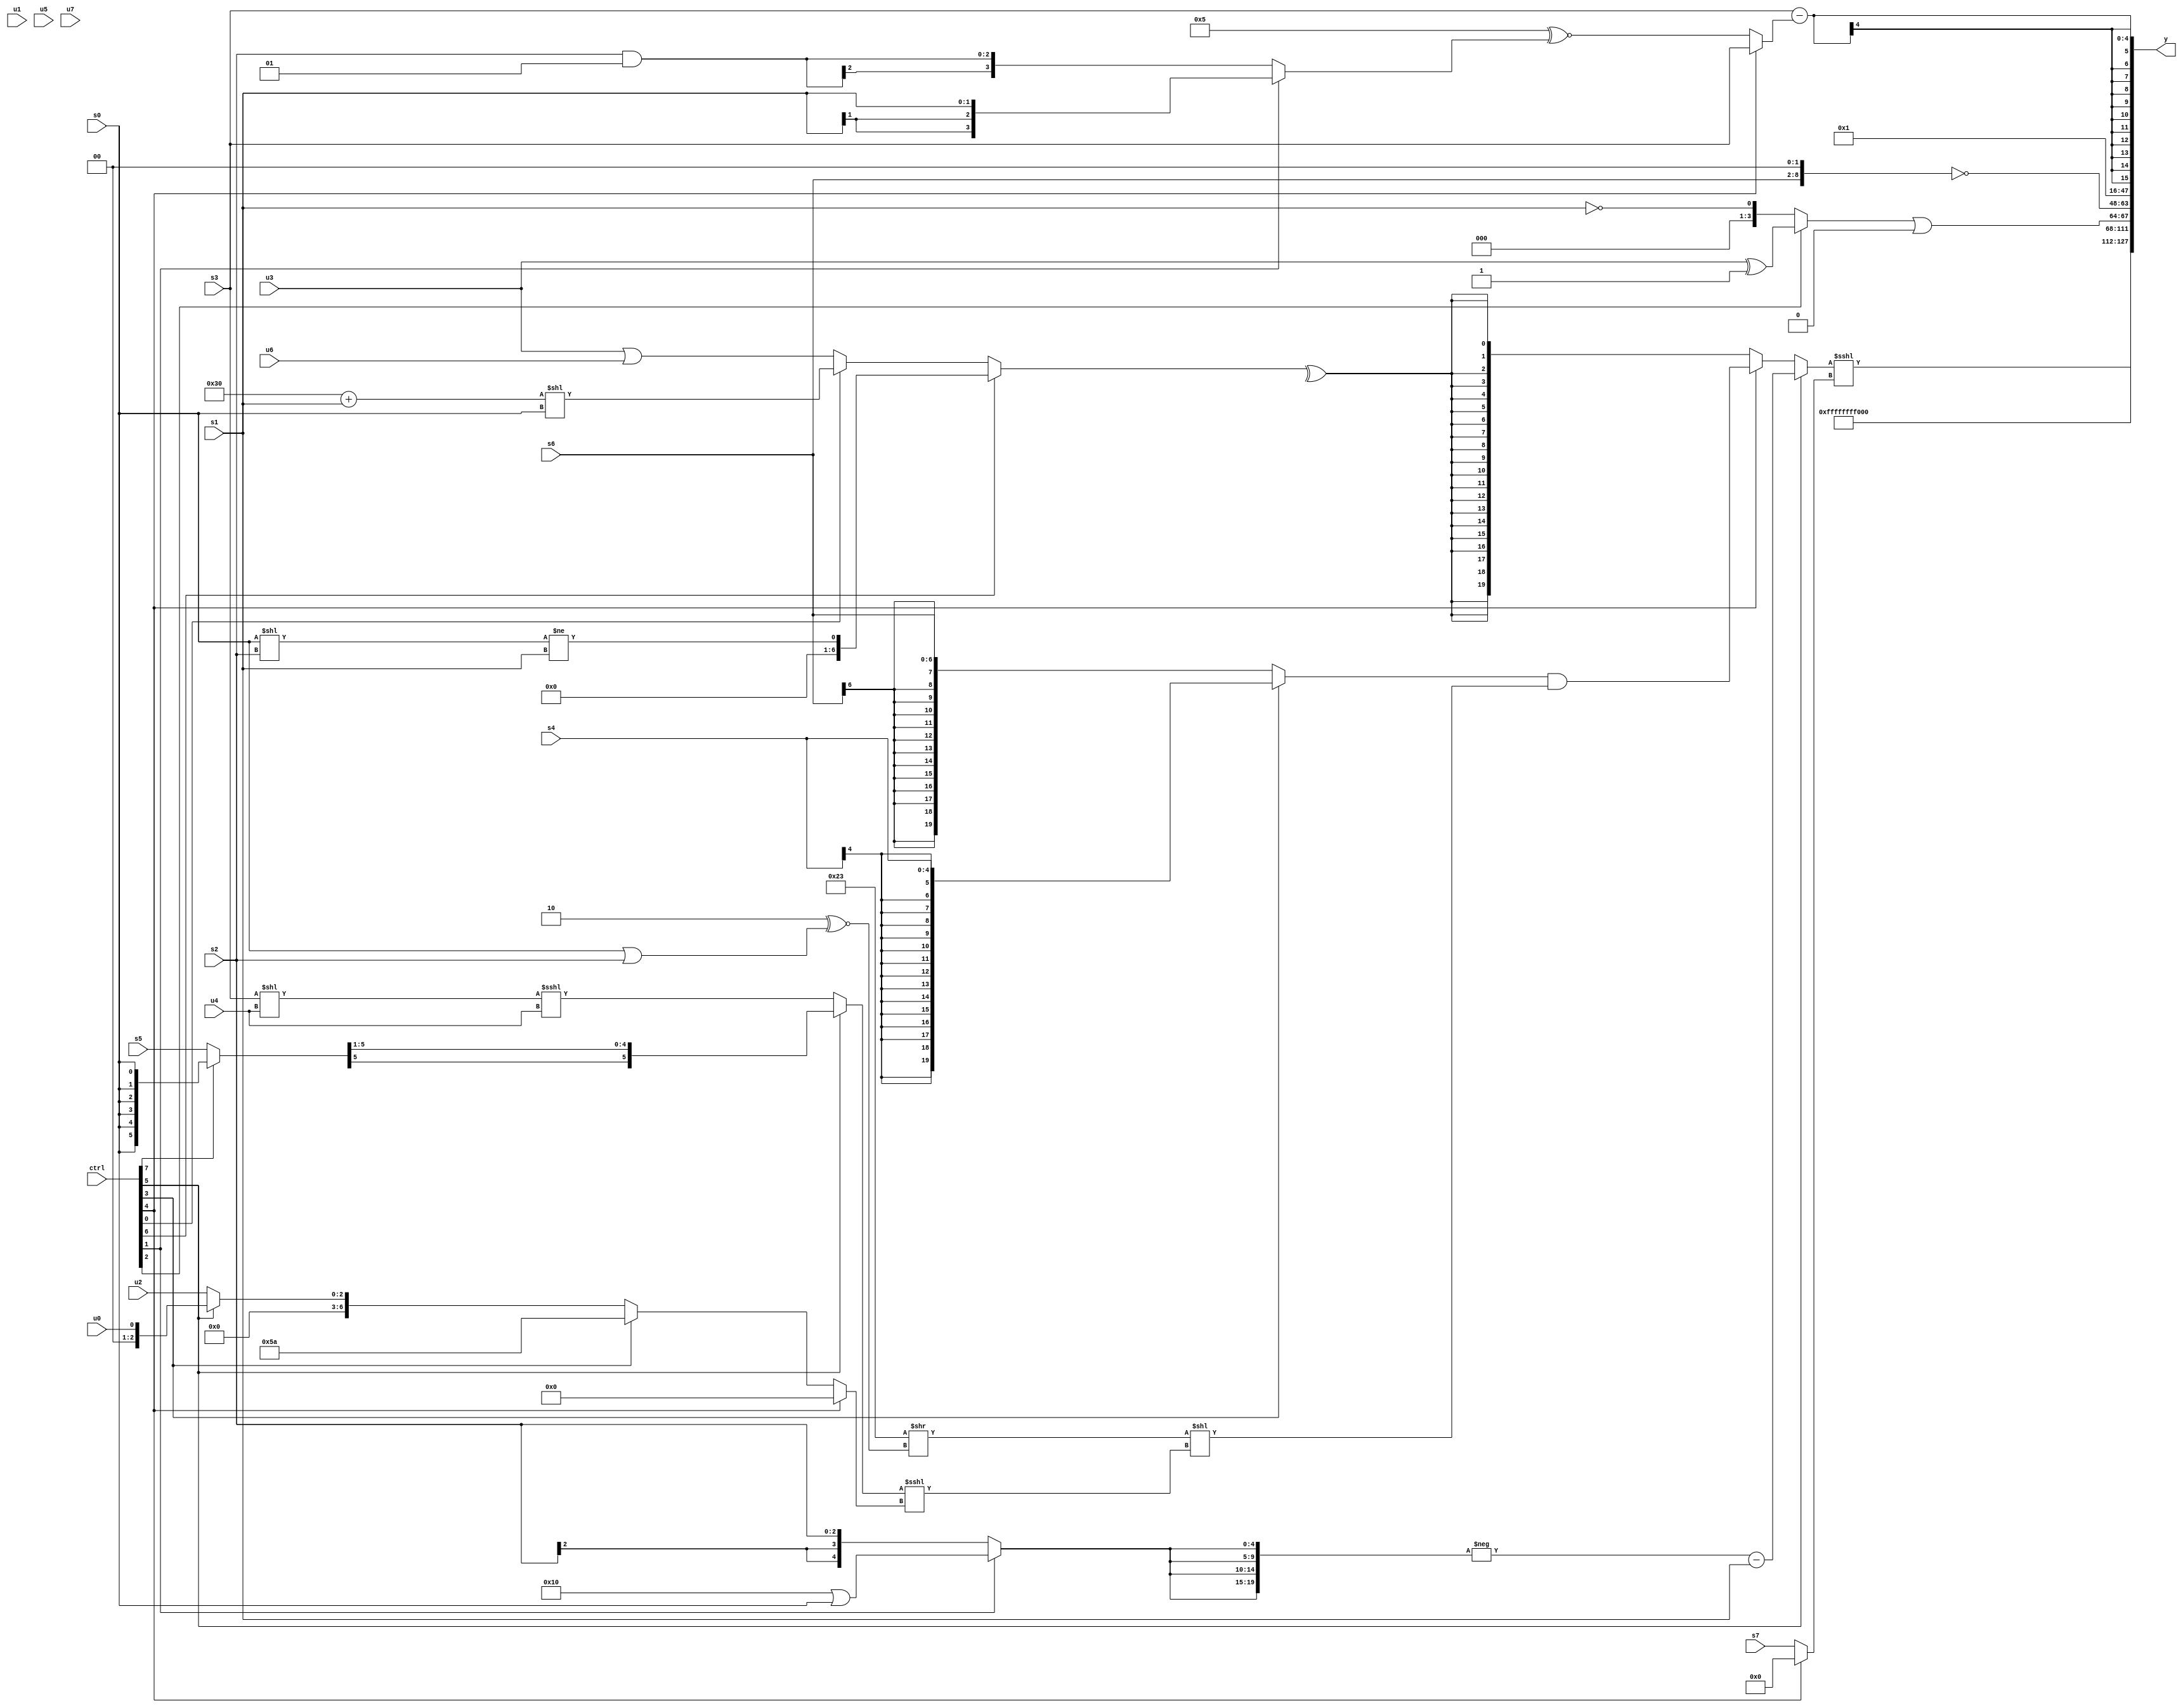
module wideexpr_00816(ctrl, u0, u1, u2, u3, u4, u5, u6, u7, s0, s1, s2, s3, s4, s5, s6, s7, y);
  input [7:0] ctrl;
  input [0:0] u0;
  input [1:0] u1;
  input [2:0] u2;
  input [3:0] u3;
  input [4:0] u4;
  input [5:0] u5;
  input [6:0] u6;
  input [7:0] u7;
  input signed [0:0] s0;
  input signed [1:0] s1;
  input signed [2:0] s2;
  input signed [3:0] s3;
  input signed [4:0] s4;
  input signed [5:0] s5;
  input signed [6:0] s6;
  input signed [7:0] s7;
  output [127:0] y;
  wire [15:0] y0;
  wire [15:0] y1;
  wire [15:0] y2;
  wire [15:0] y3;
  wire [15:0] y4;
  wire [15:0] y5;
  wire [15:0] y6;
  wire [15:0] y7;
  assign y = {y0,y1,y2,y3,y4,y5,y6,y7};
  assign y0 = ((ctrl[5]?+(($signed(-({4{(ctrl[1]?(5'sb10000)|(s0):(ctrl[1]?s1:s2))}})))-(s1)):(ctrl[4]?((ctrl[3]?s4:$signed(s6)))&(($signed((6'sb100011)>>((6'sb111110)^~((s0)|(s2)))))<<(((ctrl[5]?((ctrl[7]?s0:s5))>>>(2'sb01):((s3)<<(u4))<<<($unsigned(u4))))<<<((ctrl[4]?{(3'sb011)>(4'sb0101)}:(ctrl[3]?{1'sb1,6'sb011010}:(ctrl[5]?u0:u2)))))):$signed(^((ctrl[6]?+(((s0)<<(s2))!=($signed(s1))):(ctrl[0]?((6'sb110000)+(s1))<<(s0):+((u3)|(u6)))))))))<<<((ctrl[4]?(-(((+(2'sb10))<<<((s2)^~(((ctrl[0]?5'sb11110:5'sb11000))>>((u4)<<<(s2)))))<<(($signed(+(4'sb1001)))>>>((ctrl[3]?(ctrl[6]?6'sb010000:(5'sb11100)<<<(u2)):-((5'sb01111)>>>(2'sb00)))))))<<<(6'sb111110):s7));
  assign y1 = 1'sb1;
  assign y2 = 5'sb11111;
  assign y3 = $signed(((+((ctrl[2]?(u3)^(1'b1):!(s1))))<<<(3'sb000))|(((ctrl[3]?(ctrl[7]?(u0)!=(s3):$signed(s7)):{1'sb1,+(s3),{s5,3'sb001,s2,u4},2'sb00}))>>(6'sb011100)));
  assign y4 = ~((s6)<<<(2'sb10));
  assign y5 = (1'sb0)&($signed(-(6'sb010101)));
  assign y6 = 5'sb00001;
  assign y7 = (s3)-($signed((ctrl[4]?s3:(4'sb0101)^~((ctrl[1]?s1:(s2)&(2'sb01))))));
endmodule